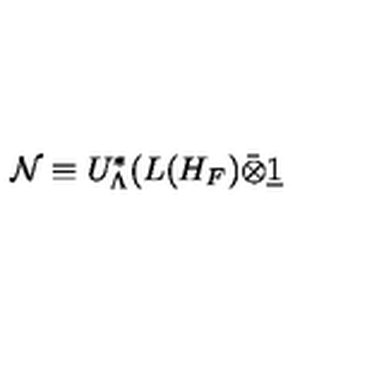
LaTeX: \mathcal { N } \equiv U _ { \Lambda } ^ { * } ( L ( H _ { F } ) \bar { \otimes } \underline { { 1 } }